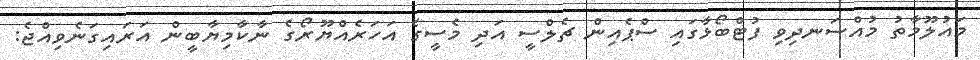
މައުލޫމާތު މުއްސަނދިވި ފުޓްބޯޅާގައި ސްޕެއިން ޗެލްސީ އަދި މެސީގެ އަހަރެއްޔޫރޯގެ ނާކާމިޔާބީން އަރައިގަނެވިއްޖެ: